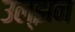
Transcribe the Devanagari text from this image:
उल्झन